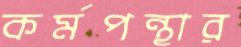
কর্মপন্থার